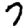
Digit: 7